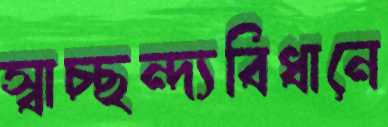
স্বাচ্ছন্দ্যবিধানে